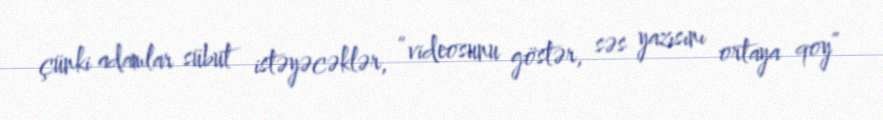
çünki adamlar sübut istəyəcəklər, “videosunu göstər, səs yazısını ortaya qoy”